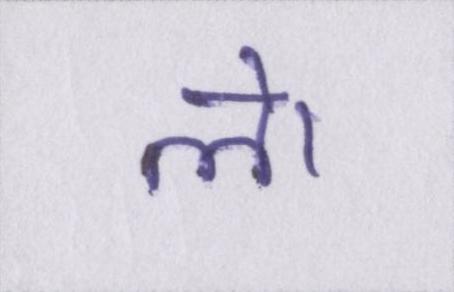
ले।